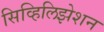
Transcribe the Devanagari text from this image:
सिव्हिलिझेशन